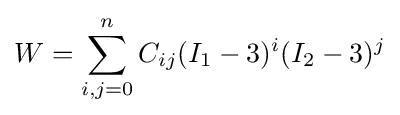
W=\sum _{i,j=0}^{n}C_{ij}(I_{1}-3)^{i}(I_{2}-3)^{j}